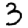
Digit: 3